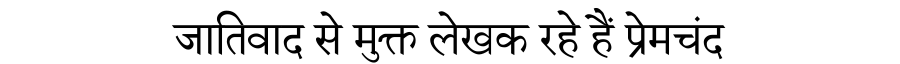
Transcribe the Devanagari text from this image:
जातिवाद से मुक्त लेखक रहे हैं प्रेमचंद